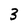
Character: 3